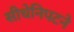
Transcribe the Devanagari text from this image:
सीधेनिपटने